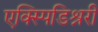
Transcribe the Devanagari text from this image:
एक्स्पिडिश्नरी